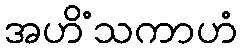
အဟိံသကာဟံ